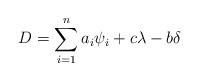
LaTeX: \begin{align*}D = \sum_{i=1}^n a_i \psi_i + c \lambda - b \delta\end{align*}